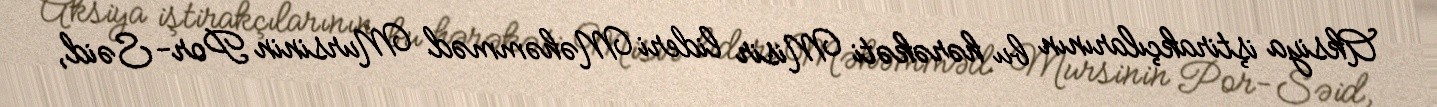
Aksiya iştirakçılarının bu hərəkəti Misir lideri Məhəmməd Mursinin Por-Səid,